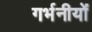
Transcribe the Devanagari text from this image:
गर्भनीयों